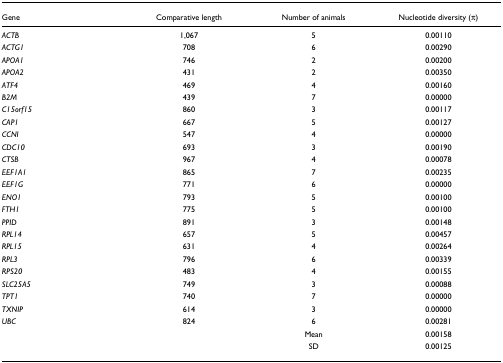
| Gene | Comparative length | Number of animals | Nucleotide diversity (π) |
 | --- | --- | --- | --- |
 | ACTB | 1,067 | 5 | 0.00110 |
 | ACTG1 | 708 | 6 | 0.00290 |
 | APOA1 | 746 | 2 | 0.00200 |
 | APOA2 | 431 | 2 | 0.00350 |
 | ATF4 | 469 | 4 | 0.00160 |
 | B2M | 439 | 7 | 0.00000 |
 | C15orf15 | 860 | 3 | 0.00117 |
 | CAP1 | 667 | 5 | 0.00127 |
 | CCNI | 547 | 4 | 0.00000 |
 | CDC10 | 693 | 3 | 0.00190 |
 | CTSB | 967 | 4 | 0.00078 |
 | EEF1A1 | 865 | 7 | 0.00235 |
 | EEF1G | 771 | 6 | 0.00000 |
 | ENO1 | 793 | 5 | 0.00100 |
 | FTH1 | 775 | 5 | 0.00100 |
 | PPID | 891 | 3 | 0.00148 |
 | RPL14 | 657 | 5 | 0.00457 |
 | RPL15 | 631 | 4 | 0.00264 |
 | RPL3 | 796 | 6 | 0.00339 |
 | RPS20 | 483 | 4 | 0.00155 |
 | SLC25A5 | 749 | 3 | 0.00088 |
 | TPT1 | 740 | 7 | 0.00000 |
 | TXNIP | 614 | 3 | 0.00000 |
 | UBC | 824 | 6 | 0.00281 |
 |  |  | Mean | 0.00158 |
 |  |  | SD | 0.00125 |